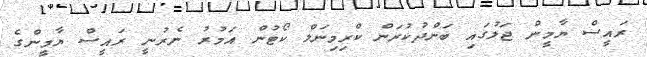
ރައީސް ޔާމީން ޖަލުގައި ބަންދުކުރަން ކްރިމިނަލް ކޯޓުން އަމުރު ނެރުނީ ރައީސް ޔާމީންގެ